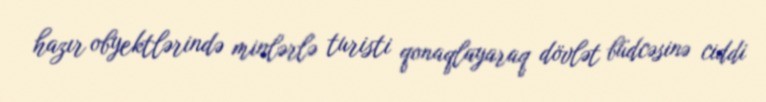
hazır obyektlərində minlərlə turisti qonaqlayaraq dövlət büdcəsinə ciddi